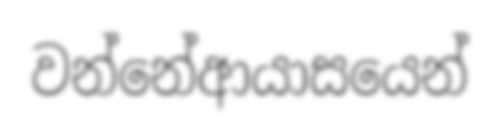
වන්නේආයාසයෙන්